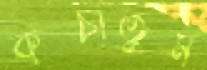
কপ্‌চাতুম